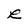
Character: R